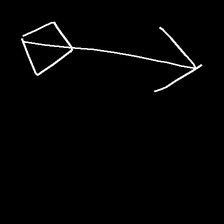
Glyph: focus